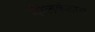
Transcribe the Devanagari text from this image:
नीलकंठाय